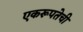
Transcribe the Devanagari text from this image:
एकरूपतेची